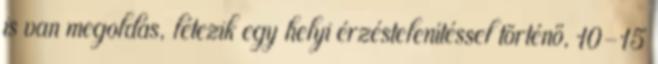
is van megoldás, létezik egy helyi érzéstelenítéssel történő, 10-15